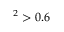
^ 2 > 0 . 6